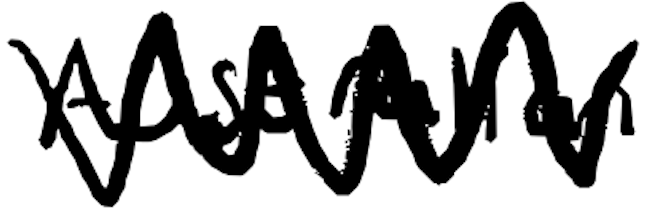
Text: Australian
Cross-out: zig-zag
Writing tool: digital_black